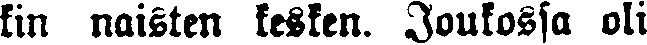
kin naisten kesken. Joukossa oli